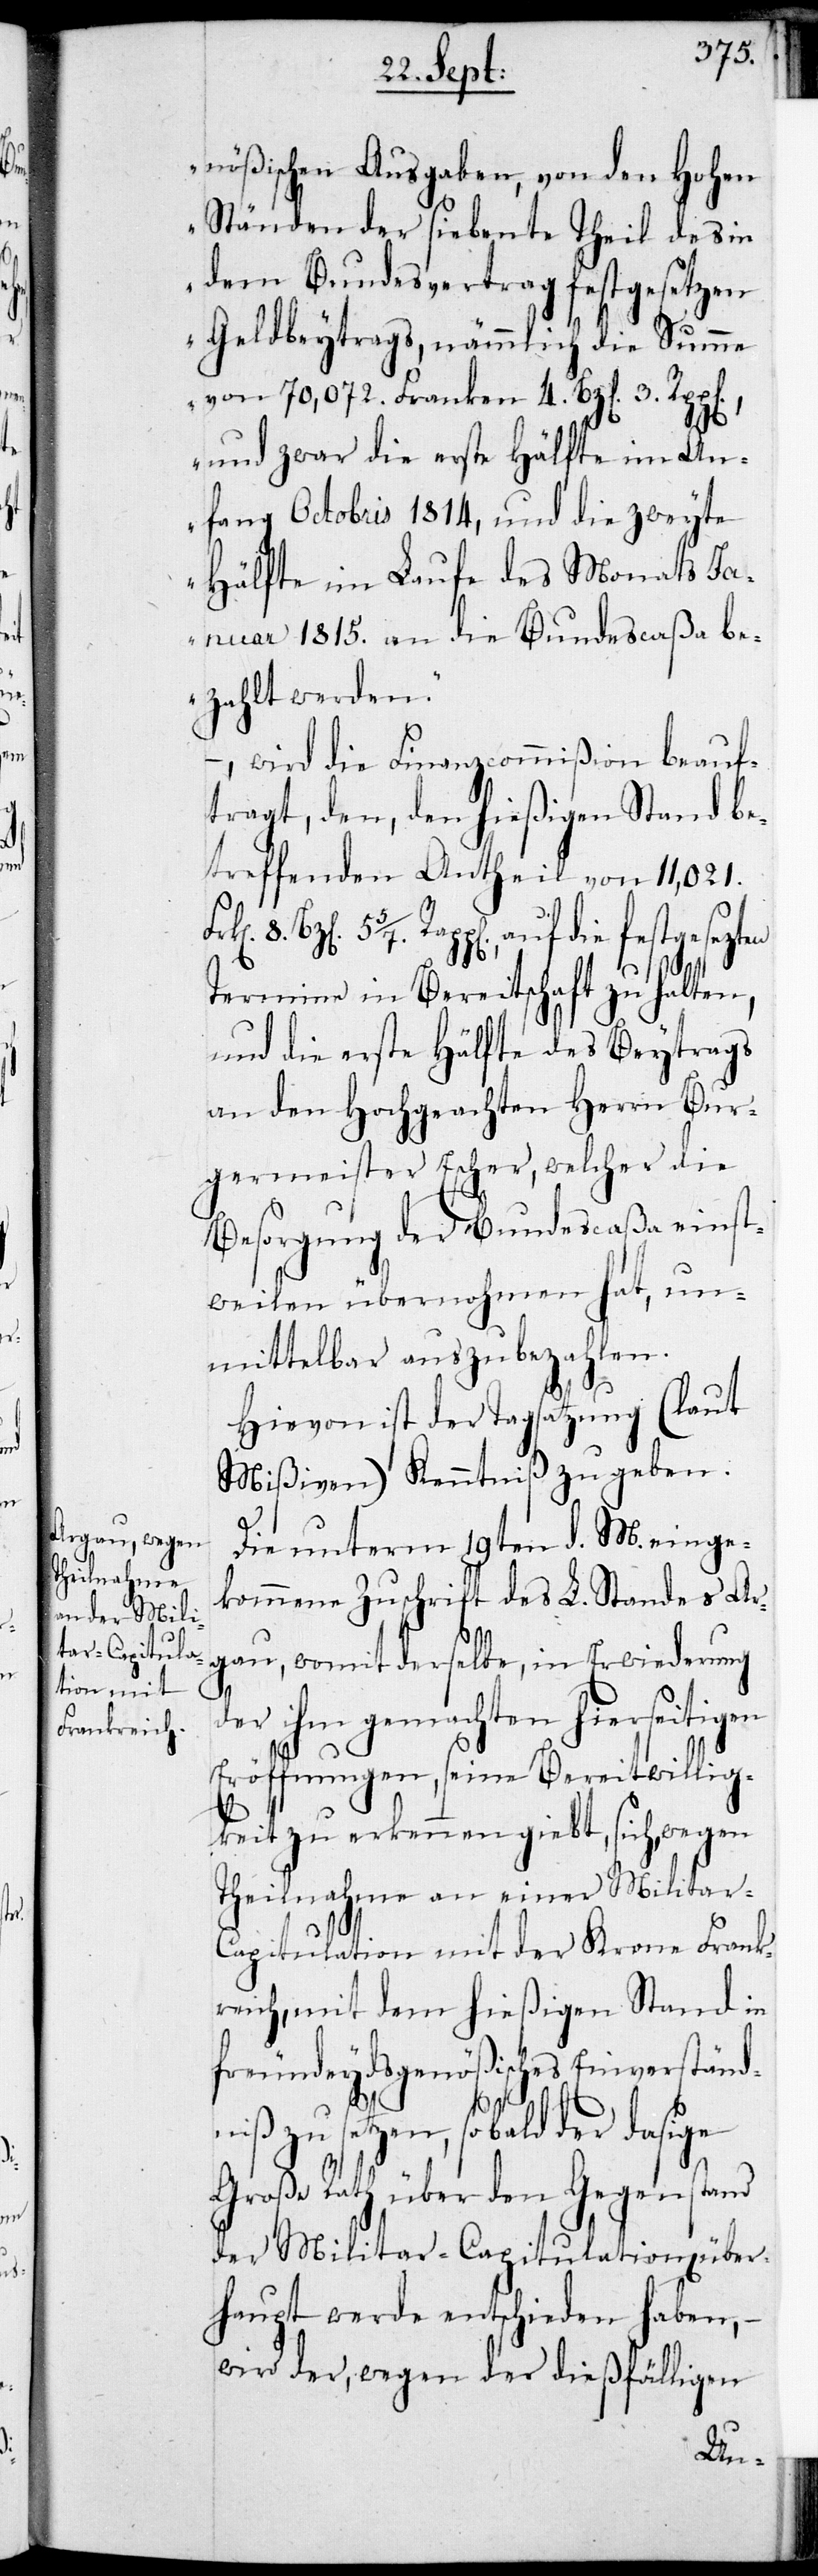
nößischen Ausgaben, von den Hohen
Ständen der siebente Theil des in
dem Bundesvertrag festgesetzen
Geldbeytrags, nämmlich die Summe
von 70,072. Franken 4. Bz[en] 3. Rp¬
und zwar die erste Hälfte im An¬
fang Octobris 1814, und die zweyte
Hälfte im Laufe des Monats Ja¬
nuar 1815. an die Bundescaßa be¬
zahlt werden.“
– , wird die Finanzcommißion beauf¬
tragt, den, den hießigen Stand be¬
treffenden Antheil von 11,021.
Rapp[en], auf die festgesezten
en
Termine in Bereitschaft zu halten,
und die erste Hälfte des Beytrags
an den Hochgeachten Herrn Bur¬
germeister Escher, welcher die
Besorgung der Bundescaßa einst¬
weilen übernohmen hat, un¬
mittelbar auszubezahlen.
Hievon ist der Tagsatzung (laut
Mißiven) Kenntniß zu geben.
Die unterm 19ten d. M. einge¬
kommene Zuschrift des L. Standes Ar¬
gau, womit derselbe, in Erwiederung
er ihm gemachten hierseitig¬
Eröffnungen, seine Bereitwillig¬
keit zu erkennen giebt, sich, wegen
Theilnahme an einer Militar-C¬
apitulation mit der Krone Frank¬
reich, mit dem hießigen Stand in
freundeydsgenößisches Einverständ¬
niß zu setzen, sobald der dasige
Große Rath über den Gegenstand
der Militar-Capitulation über¬
haupt werde entschieden haben, –
wird der, wegen der dießfälligen